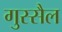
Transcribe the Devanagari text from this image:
गुस्सैल